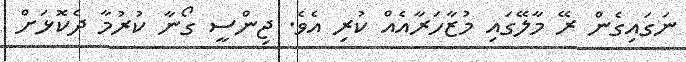
ނަގައިގެން ރޭ މާލޭގައި މުޒާހަރާއެއް ކުރި އެވެ. ޖިންސީ ގޯނާ ކުރުމާ ދެކޮޅަށް